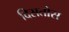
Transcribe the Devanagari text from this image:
दिसतोस